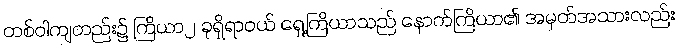
တစ်ဝါကျတည်း၌ ကြိယာ၂ ခုရှိရာဝယ် ရှေ့ကြိယာသည် နောက်ကြိယာ၏ အမှတ်အသားလည်း